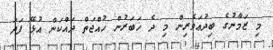
މި ޒަމާނުގެ ބިދުޢަވެރިން މި ދެ ޚަބަރުން ހުއްޖަތް ދައްކަން އުޅޭ ފަދަ